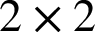
2 \times 2